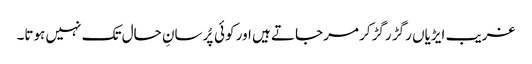
غریب ایڑیاں رگڑ رگڑ کر مرجاتے ہیں اور کوئی پُرسانِ حال تک نہیں ہوتا۔